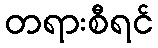
တရားစီရင်